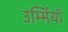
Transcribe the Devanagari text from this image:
उर्म्मियाँ